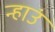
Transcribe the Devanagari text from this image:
न्हाउं